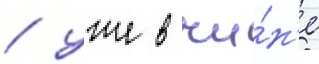
/ уже в чи́н'е